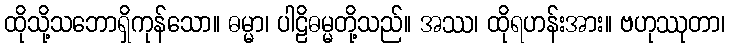
ထိုသို့သဘောရှိကုန်သော။ ဓမ္မာ၊ ပါဠိဓမ္မတို့သည်။ အဿ၊ ထိုရဟန်းအား။ ဗဟုဿုတာ၊